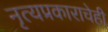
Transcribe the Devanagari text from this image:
नृत्यप्रकाराचेही